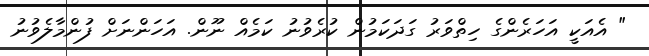
" އެއަކީ އަހަރެންގެ ހިތްވަރު ގަދަކަމުން ކުރެވުނު ކަމެއް ނޫން. އަހަންނަށް ފުންމާލެވުނު